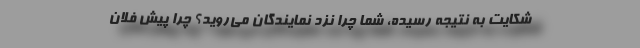
شکایت به نتیجه رسیده، شما چرا نزد نمایندگان می‌روید؟ چرا پیش فلان